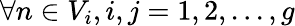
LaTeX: \forall n\in V_{i},i,j=1,2,...,g